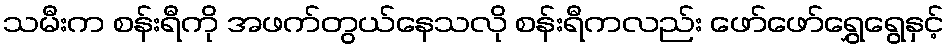
သမီးက စန်းရီကို အဖက်တွယ်နေသလို စန်းရီကလည်း ဖော်ဖော်ရွှေရွေနှင့်